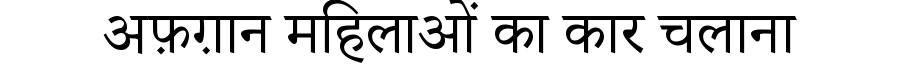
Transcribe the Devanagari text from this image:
अफ़ग़ान महिलाओं का कार चलाना